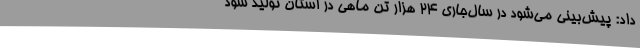
داد: پیش‌بینی می‌شود در سال‌جاری 24 هزار تن ماهی در استان تولید شود